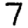
Digit: 7